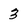
Character: 3